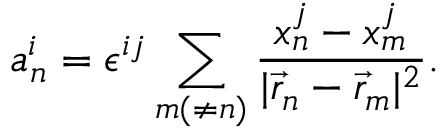
a _ { n } ^ { i } = \epsilon ^ { i j } \sum _ { m ( \neq n ) } \frac { x _ { n } ^ { j } - x _ { m } ^ { j } } { | \vec { r } _ { n } - \vec { r } _ { m } | ^ { 2 } } .